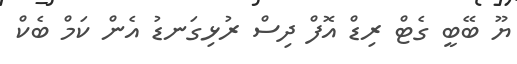
ޔޫ ބޭބީ ގެޓް ރިޑް އޮފް ދިސް ރުޅިގަނޑު އެން ކަމް ބެކް